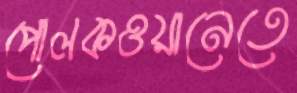
পোলকওয়ানেতে